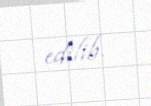
edilib.